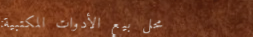
محل بيع الأدوات المكتبية: